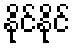
နိုင်နိုင်